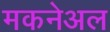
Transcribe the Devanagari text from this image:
मकनेअल